Civil Veterinary Department. Madras. Admin. report 1910-25 - 1910-1925
Year: 1910
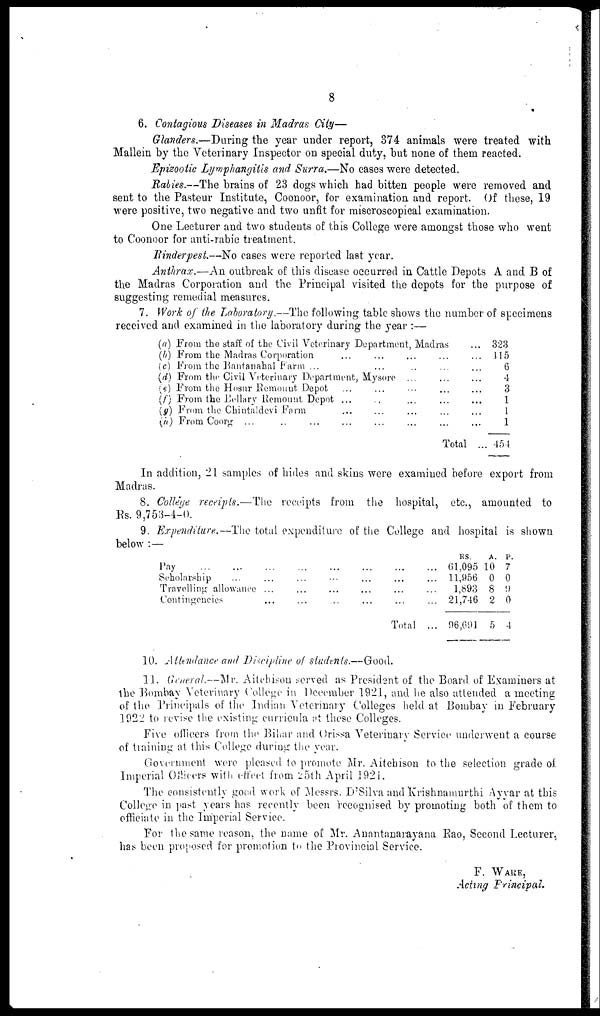
8
6. Contagious Diseases in Madras City—
Glanders.—During the year under report, 374 animals were treated with
Mallein by the Veterinary Inspector on special duty, but none of them reacted.
Epizootic Lymphangitis and Surra.—No eases were detected.
Rabies.—The brains of 23 dogs which had bitten people were removed and
sent to the Pasteur Institute, Coonoor, for examination and report. Of these, 19
were positive, two negative and two unfit for miscroscopical examination.
One Lecturer and two students of this College were amongst those who went
to Coonoor for anti-rabic treatment.
Rinderpest.—No cases were reported last year.
Anthrax.—An outbreak of this disease occurred in Cattle Depots A and B of
the Madras Corporation and the Principal visited the depots for the purpose of
suggesting remedial measures.
7. Work of the Laboratory.—The following table shows the number of specimens
received and examined in the laboratory during the year :—
(a) From the staff of the Civil Veterinary Department, Madras
(b) From the Madras Corporation ... ...
(c) From the Bantanahal Farm . . . . . . ... ...
(d) From the Civil Veterinary Department, Mysore ... ...
(e) From the Hosur Remount Depot ... ... ... ...
(f) From the Bellary Remount Depot ... ... ... ... ...
(g) From the Chintaldevi Farm ... ... ... ...
(h) From Coorg ... ... ... ... ...
Total
...
...
...
...
...
...
...
...
...
323
115
6
4
3
1
1
1
454
In addition, 21 samples of hides and skins were examined before export from
Madras.
8. College receipts.—The receipts from the hospital, etc., amounted to
Rs. 9,753-4-0.
9. Expenditure.—The total expenditure of the College and hospital is shown
below :—
Pay
...
...
Scholarship ...
Travelling allowance
Contingencies
...
...
...
...
...
...
...
...
...
...
....
...
...
...
...
...
...
...
...
...
Total
...
...
...
...
...
RS.
A.
P.
61,095 10 7
11,956 0 0
1,893 8 9
21,746 2 0
96,691 5 4
10. Attendance and Discipline of students.—Good.
11. General.—Mr. Aitchison served as President of the Board of Examiners at
the Bombay Veterinary College in December 1921, and he also attended a meeting
of the Principals of the Indian Veterinary Colleges held at Bombay in February
1922 to revise the existing curricula at these Colleges.
Five officers from the Bihar and Orissa Veterinary Service underwent a course
of training at this College during the year.
Government were pleased to promote Mr. Aitchison to the selection grade of
Imperial Officers with effect from 25th April i92i.
The consistently good work of Messrs. D'Silva and Krishnamurthi Ayyar at this
College in past years has recently been recognised by promoting both of them to
officiate in the Imperial Service.
For the same reason, the name of Mr. Anantanarayana Rao, Second Lecturer,
has been proposed for promotion to the Provincial Service.
F. WARE,
Acting Principal.